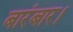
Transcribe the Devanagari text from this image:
बारंबार।